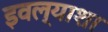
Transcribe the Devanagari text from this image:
इवल्याशा